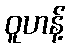
ဝူဟန့်